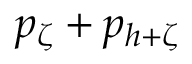
p _ { \zeta } + p _ { h + \zeta }